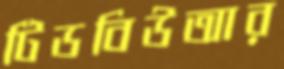
টিডবিউআর